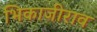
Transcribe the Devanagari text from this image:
भिकाजीराव